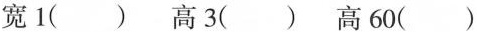
宽 1（ ） 高 3（ ）高 60（ ）